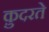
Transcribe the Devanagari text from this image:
कु़दरते